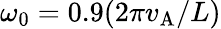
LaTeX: \omega_{0}=0.9(2\pi v_{\mathrm{A}}/L)